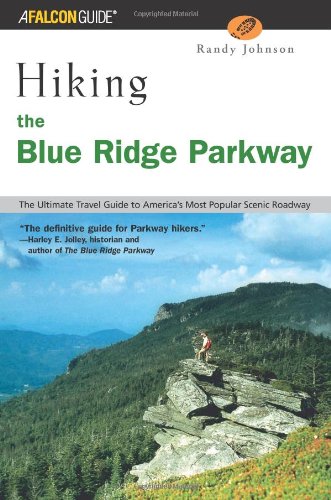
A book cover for Hiking the Blue Ridge Parkway: The Ultimate Travel Guide to America's Most Popular Scenic Roadway (Regional Hiking Series); Randy Johnson; Travel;